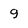
Character: q